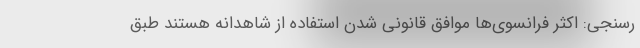
رسنجی: اکثر فرانسوی‌ها موافق قانونی شدن استفاده از شاهدانه هستند طبق